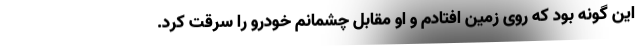
این گونه بود که روی زمین افتادم و او مقابل چشمانم خودرو را سرقت کرد.